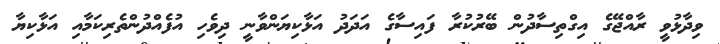
ވިދާޅުވީ ރާއްޖޭގެ އިގްތިސާދުން ބޭރުކުރާ ފައިސާގެ އަދަދު އަޅާކިޔަންވާނީ ދިވެހި އުފެއްދުންތެރިކަމާއި އަޅާކިޔާ